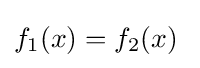
f_{1}(x)=f_{2}(x)\